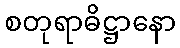
စတုရာဓိဋ္ဌာနော